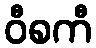
ဝီစကီ